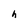
Character: h